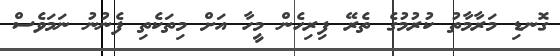
ގޮނޑި މަރާމާތު ކުރުމުގެ ތެރޭ ފިރިހެން މީހާ އަށް މިތަކެތި ފެނުނު ނަމަވެސް